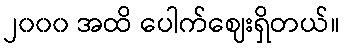
၂၀၀၀ အထိ ပေါက်ဈေးရှိတယ်။